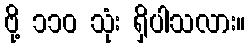
ဗို့ ၁၁၀ သုံး ရှိပါသလား။